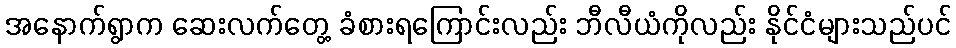
အနောက်ရွာက ဆေးလက်တွေ့ ခံစားရကြောင်းလည်း ဘီလီယံကိုလည်း နိုင်ငံများသည်ပင်